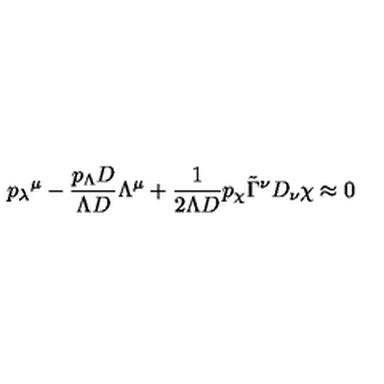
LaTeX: { p _ { \lambda } } ^ { \mu } - \frac { p _ { \Lambda } D } { \Lambda D } \Lambda ^ { \mu } + \frac 1 { 2 \Lambda D } p _ { \chi } \tilde { \Gamma } ^ { \nu } D _ { \nu } \chi \approx 0